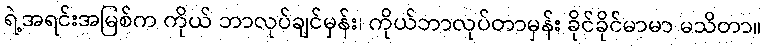
ရဲ့အရင်းအမြစ်က ကိုယ် ဘာလုပ်ချင်မှန်း၊ ကိုယ်ဘာလုပ်တာမှန်း ခိုင်ခိုင်မာမာ မသိတာ။